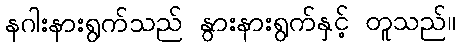
နဂါးနားရွက်သည် နွားနားရွက်နှင့် တူသည်။